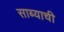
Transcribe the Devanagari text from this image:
साब्याची